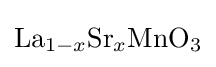
{\mathrm {La} {\vphantom {A}}_{\smash[{t}]{1-x}}\mathrm {Sr} {\vphantom {A}}_{\smash[{t}]{x}}\mathrm {MnO} {\vphantom {A}}_{\smash[{t}]{3}}}